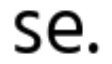
se.